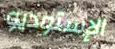
الإستوديو